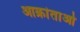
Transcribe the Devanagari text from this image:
आक्रांताओँ